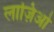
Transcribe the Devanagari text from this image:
लाज़िओ